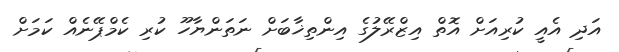
އަދި އެއީ ކުރިއަށް އޮތް އިޒްރޭލުގެ އިންތިޚާބަށް ނަތަންޔާހޫ ކުރި ކެމްޕޭނެއް ކަމަށް